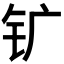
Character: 𰽚